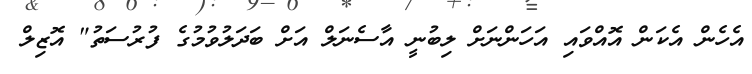
އެހެން އެކަން އޮއްވައި އަހަންނަށް ލިބުނީ އާސެނަލް އަށް ބަދަލުވުމުގެ ފުރުސަތު" އޮޒިލް